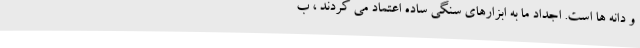
و دانه ها است. اجداد ما به ابزارهای سنگی ساده اعتماد می کردند ، ب